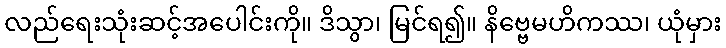
လည်ရေးသုံးဆင့်အပေါင်းကို။ ဒိသွာ၊ မြင်ရ၍။ နိဗ္ဗေမဟိကဿ၊ ယုံမှား